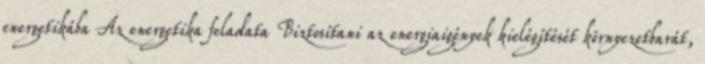
energetikába Az energetika feladata Biztosítani az energiaigények kielégítését környezetbarát,